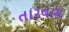
તારવાય